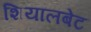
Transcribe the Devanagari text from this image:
शियालबेट